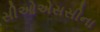
સીઓએસસીના